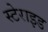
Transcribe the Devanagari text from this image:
स्टेराइड